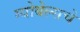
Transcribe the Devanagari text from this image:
ग्योबेल्सचे